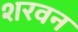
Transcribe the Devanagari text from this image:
शरवन